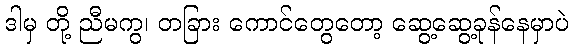
ဒါမှ တို့ ညီမကွ၊ တခြား ကောင်တွေတော့ ဆွေ့ဆွေ့ခုန်နေမှာပဲ